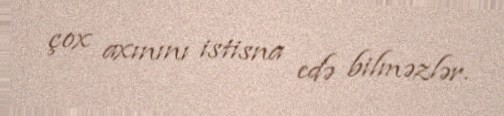
çox axınını istisna edə bilməzlər.